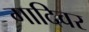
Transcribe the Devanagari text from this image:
गादिवर